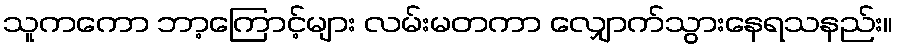
သူကကော ဘာ့ကြောင့်များ လမ်းမတကာ လျှောက်သွားနေရသနည်း။